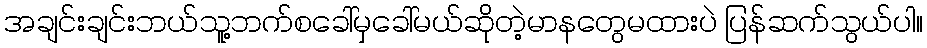
အချင်းချင်းဘယ်သူ့ဘက်စခေါ်မှခေါ်မယ်ဆိုတဲ့မာနတွေမထားပဲ ပြန်ဆက်သွယ်ပါ။